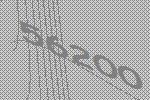
56200